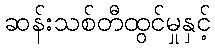
ဆန်းသစ်တီထွင်မှုနှင့်